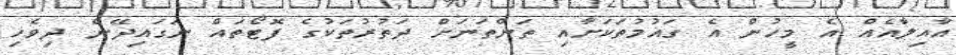
އާއިލާއެއް އެ މީހުން އެ ގައުމުތަކަށާއި ތަންތަނަށް ދަތުރުތަކުގެ ފޮޓޯތައް ނަގައިދޭނެ ދިވެހި